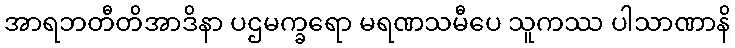
အာရဘတီတိအာဒိနာ ပဌမက္ခရော မရဏသမီပေ သူကဿ ပါသာဏာနိ